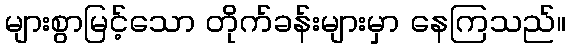
များစွာမြင့်သော တိုက်ခန်းများမှာ နေကြသည်။